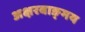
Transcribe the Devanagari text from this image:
अक्षरवाङ्‌मय